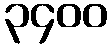
၃၄၀၀